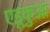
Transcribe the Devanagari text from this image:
एडूकुआ